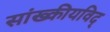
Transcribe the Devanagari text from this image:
सांख्कीयविद्